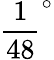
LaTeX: \frac{1}{48}^{\circ}